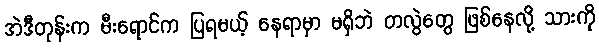
အဲဒီတုန်းက မီးရောင်က ပြရမယ့် နေရာမှာ မရှိဘဲ တလွဲတွေ ဖြစ်နေလို့ သားကို